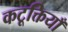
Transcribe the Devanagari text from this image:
कटूक्तियाँ